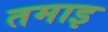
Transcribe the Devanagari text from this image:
तमाइ